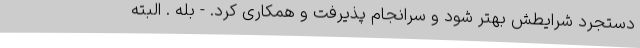
دستجرد شرایطش بهتر شود و سرانجام پذیرفت و همکاری کرد. - بله . البته